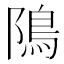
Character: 隝